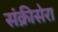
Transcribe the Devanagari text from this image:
संक्रीसेरा